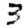
Digit: 3